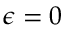
\epsilon = 0